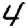
Digit: 4